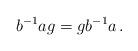
LaTeX: \begin{align*}b^{-1} a g = g b^{-1} a \,.\end{align*}